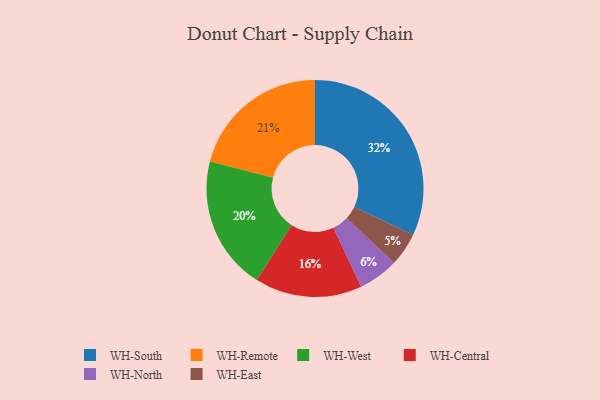
{"axis": {"x": "Category", "y": "Percentage"}, "legend": ["WH-Central", "WH-East", "WH-North", "WH-Remote", "WH-South", "WH-West"], "data": [{"x": "WH-Remote", "y": 21, "type": "WH-Remote"}, {"x": "WH-West", "y": 20, "type": "WH-West"}, {"x": "WH-Central", "y": 16, "type": "WH-Central"}, {"x": "WH-South", "y": 32, "type": "WH-South"}, {"x": "WH-North", "y": 6, "type": "WH-North"}, {"x": "WH-East", "y": 5, "type": "WH-East"}]}